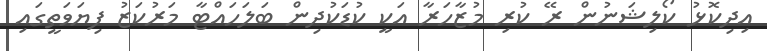
އިދިކޮޅު ކޯލިޝަނުން ރޭ ކުރި މުޒާހަރާ އަކީ ކުޑަކުދިން ބަލަހައްޓާ މަރުކަޒު ފިޔަވަތީގައި